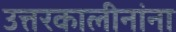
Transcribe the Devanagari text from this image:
उत्तरकालीनांना